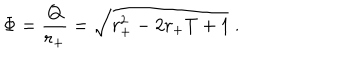
\Phi = { \frac { Q } { r _ { + } } } = \sqrt { r _ { + } ^ { 2 } - 2 r _ { + } T + 1 } \ .